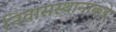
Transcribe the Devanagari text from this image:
निवासस्थानांकडे